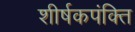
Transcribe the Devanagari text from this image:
शीर्षकपंक्ति